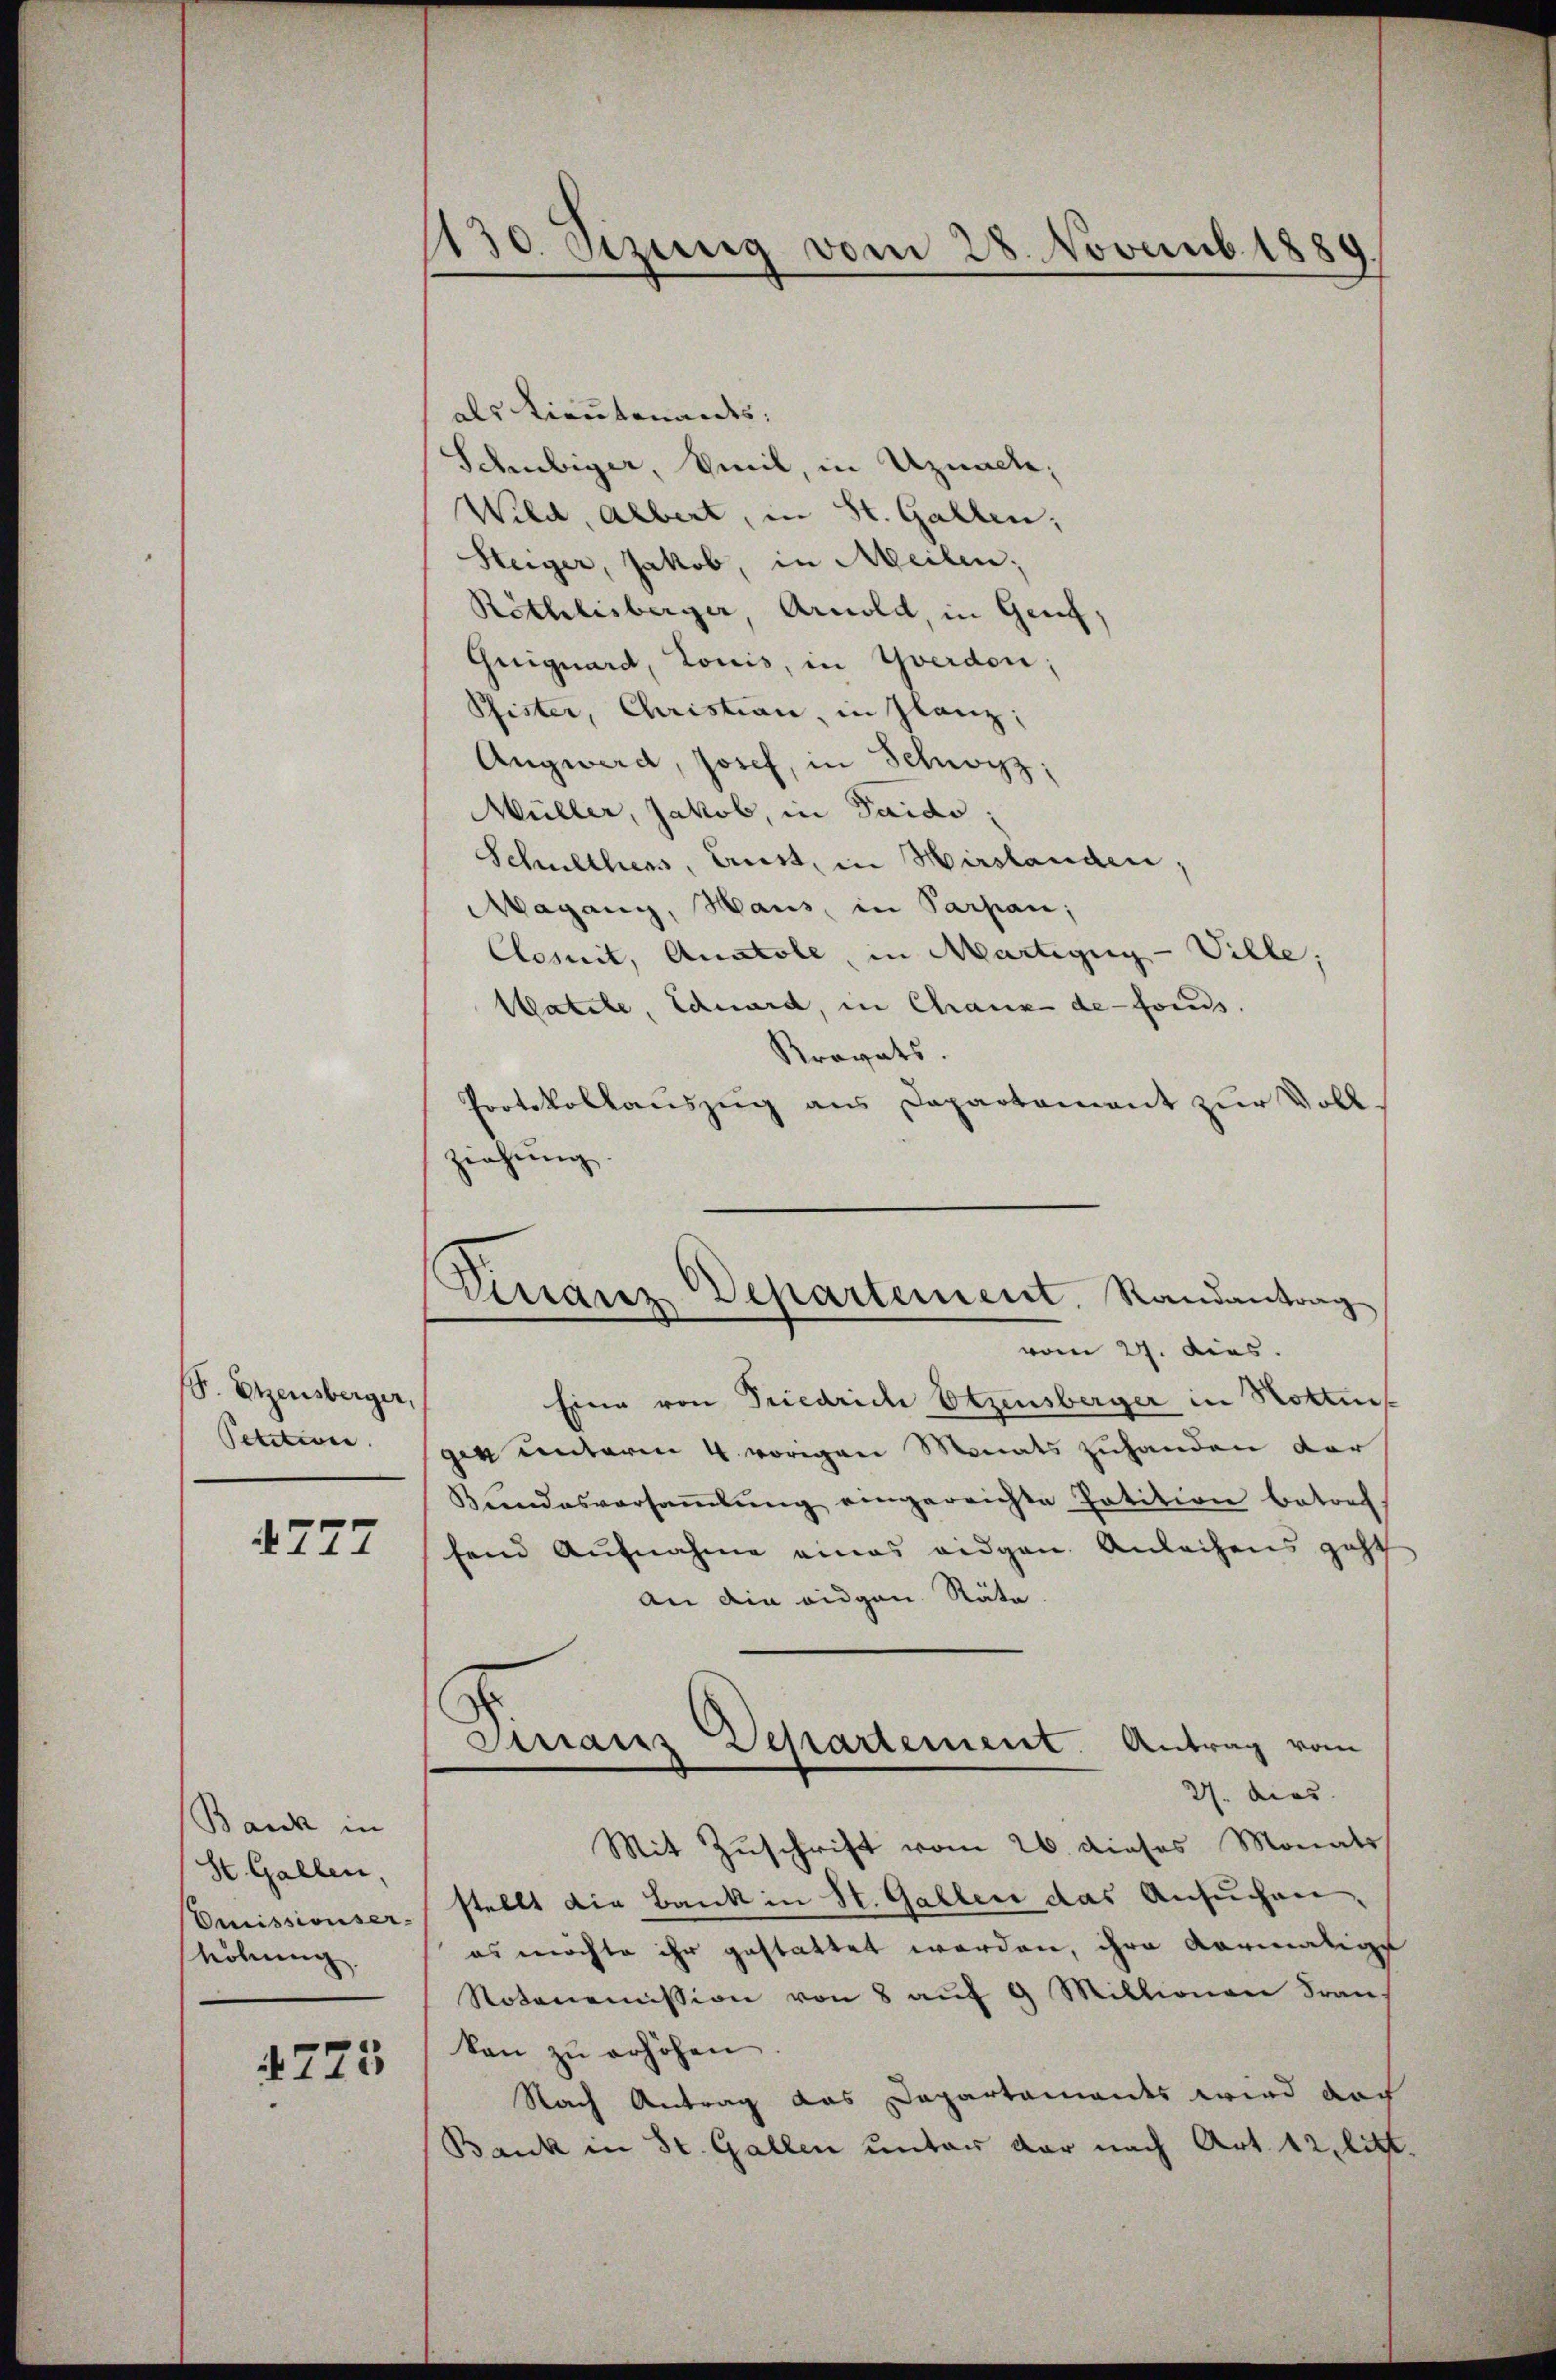
S. Etzensberger,
Petition.

4777

Bank in
St. Gallen,
Omissionser-
höhung.

223

130. Etzung vom 28. Novemb. 1889

Finanz Departement, Randantrag
vom 27. dies

als Lieutenandes:
Schubiger, Seil, in Uznach,
Wild, Albert, in St. Gallen;
Steiger, Jakob, in Meilen;
Röthlisberger, Arnold, in Genf,
Guiguard, Louis, in Yverden;
Pfister, Christian, in Glanz;
Angwerd, Josef, in Schwyz;
Müller, Jakob, in Saido;
Schulthers, Lust, in Hirslanden,
Magany, Haus, in Parpan;
Cesnit, Anatole, in Martigny-Ville;
Matile, Schward, in Chaux de fonds.
Kravats.
Protokollauszug aus Departement zur Voll
ziehung.
Eine von Friedrich Etzensberger in Hottins
gig unterm 4. vorigen Monats zuhanden der
Kundesversaṁlŭng eingereichte Patition betref
fend Aufnahme eines eidgen. Anleihens geht
An die eidgen. Räte
Dirranz Departement. Antrag vom
27. dies
Mit Zuschrift vom 26. dieses Monats
stellt die Bank in St. Gallen das Ansuchen,
es möchte ihr gestattet werden, ihre vormalige
Notonomission von 8 aŭf 9 Millionen Fran-
kan zŭ erhöhen.
Nach Antrag das Departamandes wird doch
Bank in St. Gallen unter der nach Art. 12, litt.